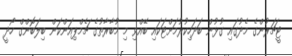
ޓީޗަރުންގެ މެދުގައި ގުޅުން ބަދަހިކުރުމަށްޓަކައި ބޭއްވި މި މުބާރާތުގެ ޗެމްޕިއަންކަން ބިލަބޮންގް ހޯދީ